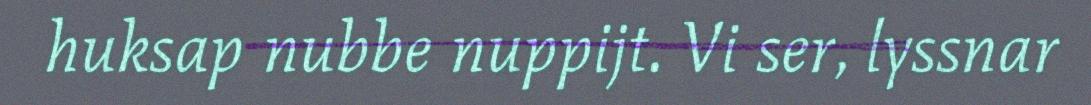
huksap nubbe nuppijt. Vi ser, lyssnar